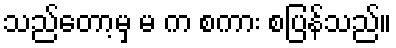
သည်တော့မှ မ က စကား စပြန်သည်။